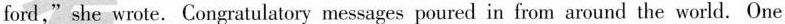
ford,"she wrote.Congratulatory messages poured in from around the world. One